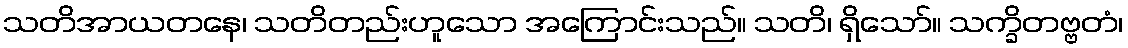
သတိအာယတနေ၊ သတိတည်းဟူသော အကြောင်းသည်။ သတိ၊ ရှိသော်။ သက္ခိတဗ္ဗတံ၊